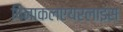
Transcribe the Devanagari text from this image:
पिनाकलएयरलाइंस